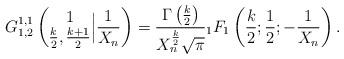
LaTeX: \begin{align*}G_{1,2}^{1,1} \left(\begin{matrix} 1 \\ \frac{k}{2},\frac{k+1}{2} \end{matrix} \Big| \frac{1}{X_n}\right) = \frac{\Gamma\left( \frac{k}{2} \right)}{X_n^{ \frac{k}{2}} \sqrt{\pi}} {}_1F_{1} \left( \frac{k}{2}; \frac{1}{2}; - \frac{1}{X_n} \right).\end{align*}